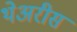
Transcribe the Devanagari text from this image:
थेअरीस